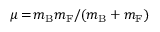
\mu \, { = } \, m _ { \mathrm { B } } m _ { \mathrm { F } } / ( m _ { \mathrm { B } } + m _ { \mathrm { F } } )